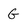
Character: G